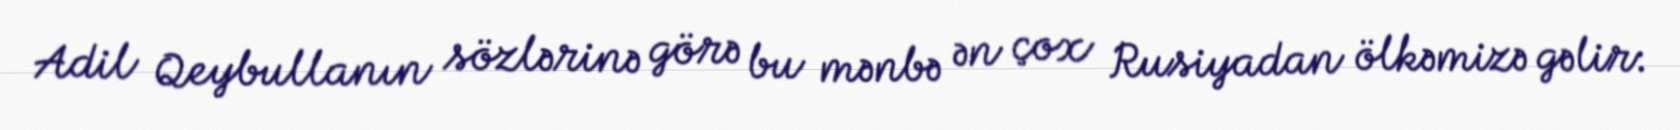
Adil Qeybullanın sözlərinə görə bu mənbə ən çox Rusiyadan ölkəmizə gəlir: